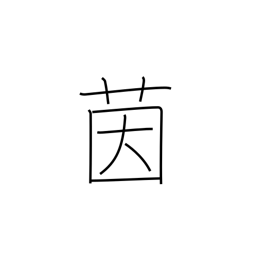
Meaning: mattress